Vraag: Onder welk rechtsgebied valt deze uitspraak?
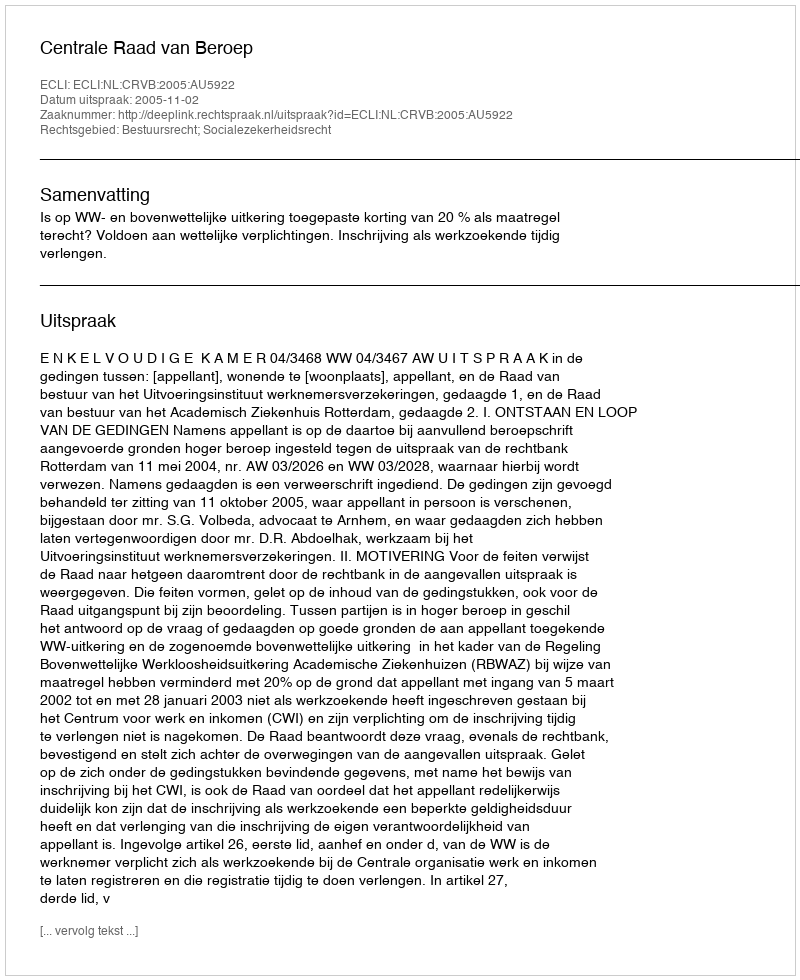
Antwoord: Bestuursrecht; Socialezekerheidsrecht